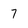
Character: 7